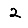
Digit: 2